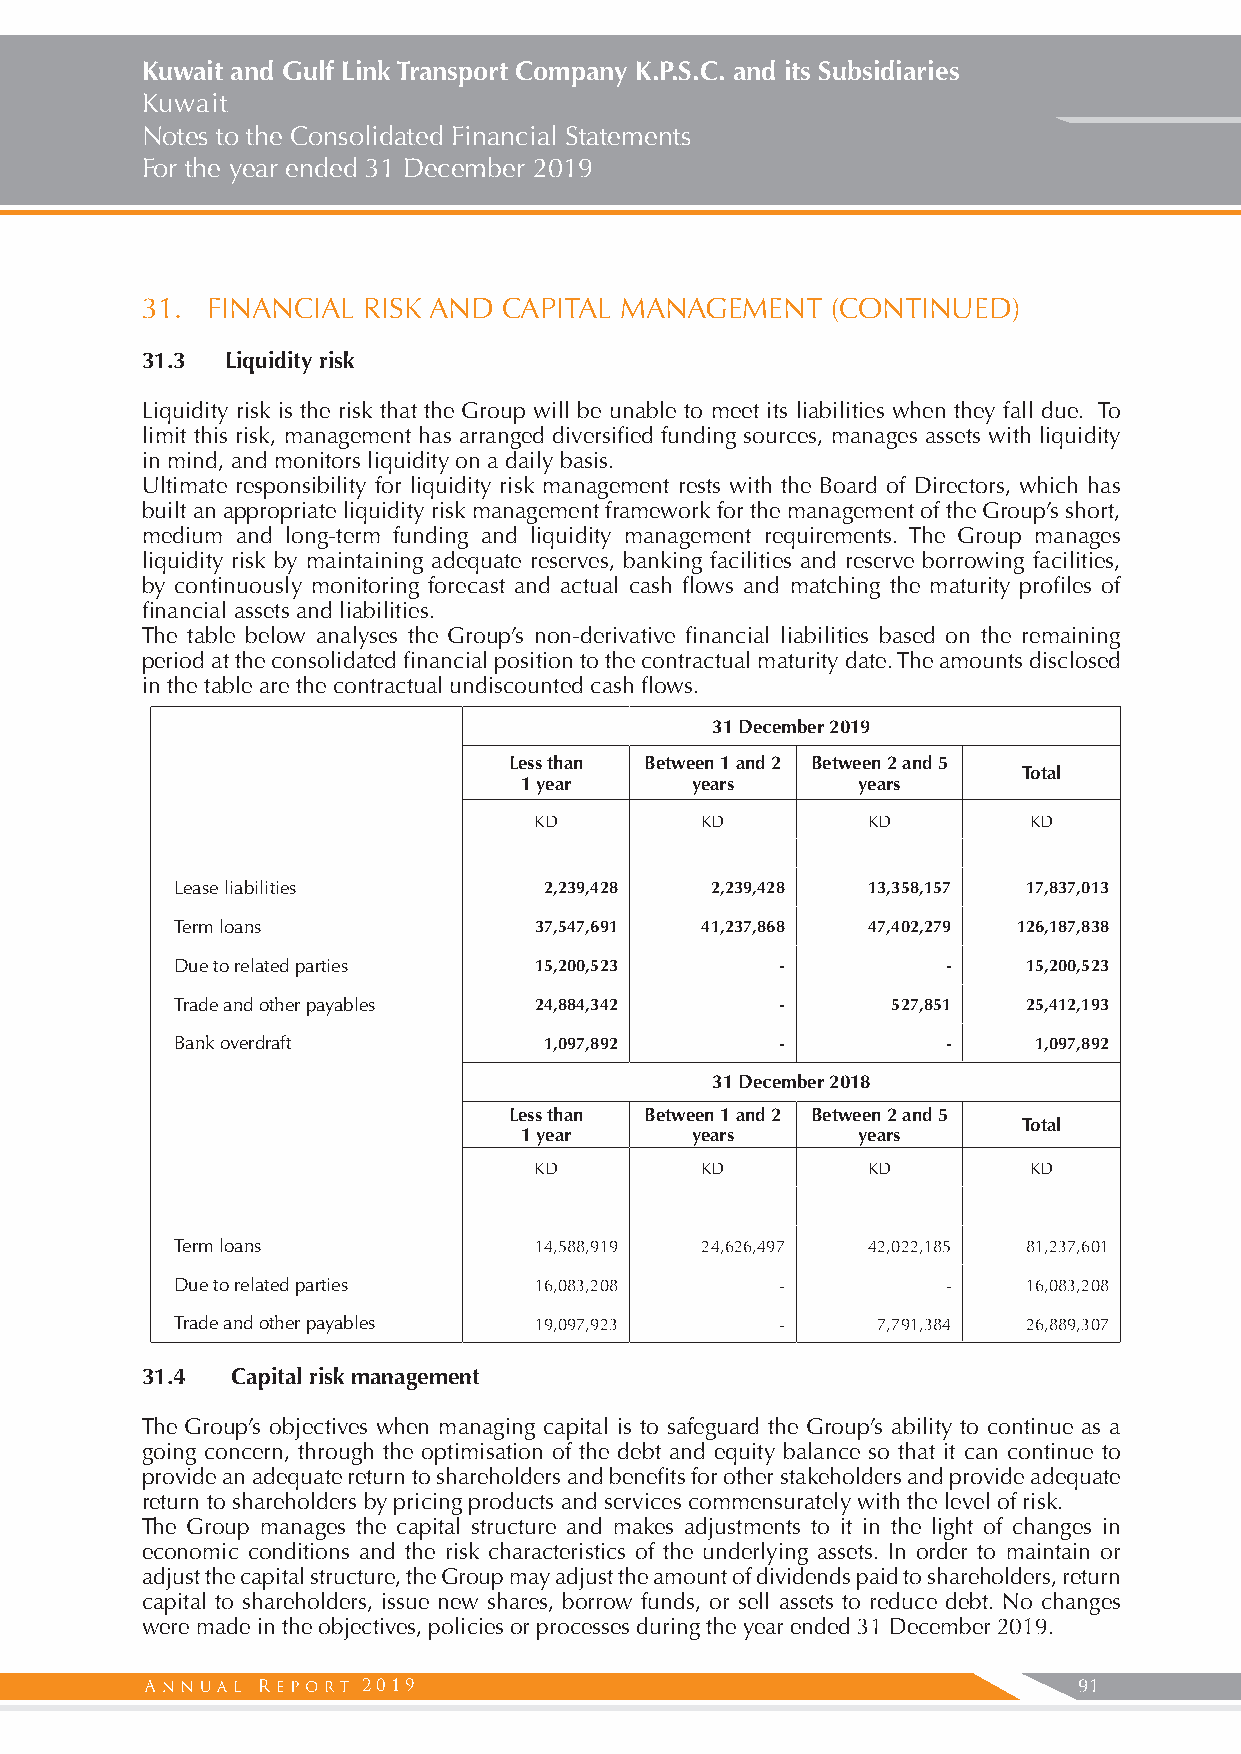
Kuwait and Gulf Link Transport Company K.P.S.C. and its Subsidiaries
 Kuwait
 Notes to the Consolidated Financial Statements
 For the year ended 31 December 2019
 31.  FINANCIAL RISK AND CAPITAL MANAGEMENT    (CONTINUED)
 31.3  Liquidity risk
 Liquidity risk is the risk that the Group will be unable to meet its liabilities when they fall due. To
 limit this risk, management has arranged diversified funding sources, manages assets with liquidity
 in mind, and monitors liquidity on a daily basis.
 Ultimate responsibility for liquidity risk management rests with the Board of Directors, which has
 built an appropriate liquidity risk management framework for the management of the Group’s short,
 medium and long-term funding and liquidity management requirements. The Group manages
 liquidity risk by maintaining adequate reserves, banking facilities and reserve borrowing facilities,
 by continuously monitoring forecast and actual cash flows and matching the maturity profiles of
 financial assets and liabilities.
 The table below analyses the Group’s non-derivative financial liabilities based on the remaining
 period at the consolidated financial position to the contractual maturity date. The amounts disclosed
 in the table are the contractual undiscounted cash flows.
 31 December 2019
 Less than Between 1 and 2 Between 2 and 5
 Total
 1 year      years      years
 KD         KD         KD         KD
 Lease liabilities        2,239,428  2,239,428 13,358,157 17,837,013
 Term loans              37,547,691 41,237,868 47,402,279 126,187,838
 Due to related parties  15,200,523       -          -    15,200,523
 Trade and other payables 24,884,342      -      527,851  25,412,193
 Bank overdraft           1,097,892       -          -    1,097,892
 31 December 2018
 Less than Between 1 and 2 Between 2 and 5
 Total
 1 year      years      years
 KD         KD         KD         KD
 Term loans              14,588,919 24,626,497 42,022,185 81,237,601
 Due to related parties  16,083,208       -          -    16,083,208
 Trade and other payables 19,097,923      -     7,791,384 26,889,307
 31.4  Capital risk management
 The Group’s objectives when managing capital is to safeguard the Group’s ability to continue as a
 going concern, through the optimisation of the debt and equity balance so that it can continue to
 provide an adequate return to shareholders and benefits for other stakeholders and provide adequate
 return to shareholders by pricing products and services commensurately with the level of risk.
 The Group manages the capital structure and makes adjustments to it in the light of changes in
 economic conditions and the risk characteristics of the underlying assets. In order to maintain or
 adjust the capital structure, the Group may adjust the amount of dividends paid to shareholders, return
 capital to shareholders, issue new shares, borrow funds, or sell assets to reduce debt. No changes
 were made in the objectives, policies or processes during the year ended 31 December 2019.
 2019                                           91